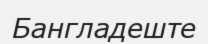
Бангладеште